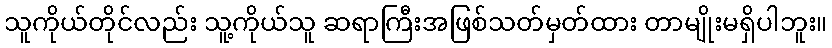
သူကိုယ်တိုင်လည်း သူ့ကိုယ်သူ ဆရာကြီးအဖြစ်သတ်မှတ်ထား တာမျိုးမရှိပါဘူး။